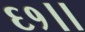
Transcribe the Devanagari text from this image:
६१।।